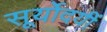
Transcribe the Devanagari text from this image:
सूर्योदयीं